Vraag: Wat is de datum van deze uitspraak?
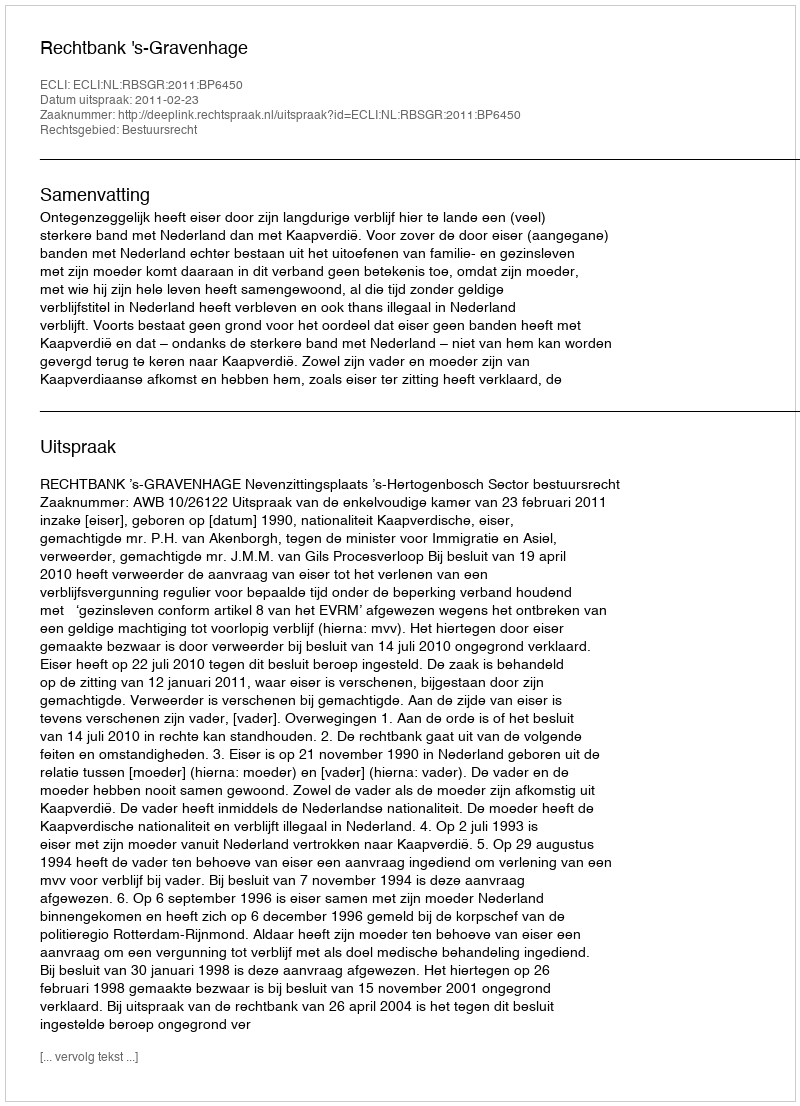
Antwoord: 2011-02-23